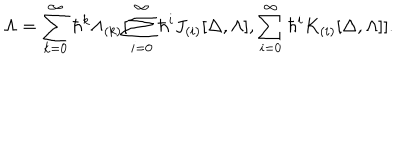
LaTeX: \Lambda = \sum _ { k = 0 } ^ { \infty } \hbar ^ { k } \Lambda _ { ( k ) } [ \sum _ { i = 0 } ^ { \infty } \hbar ^ { i } J _ { ( i ) } [ \Delta , \Lambda ] , \sum _ { i = 0 } ^ { \infty } \hbar ^ { i } K _ { ( i ) } [ \Delta , \Lambda ] ] .